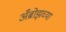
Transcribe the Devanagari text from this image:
अँब्रोझच्या